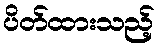
ပိတ်ထားသည့်